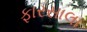
ફારસાલા